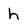
Character: h